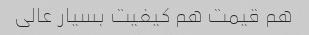
هم قیمت هم کیفیت بسیار عالی